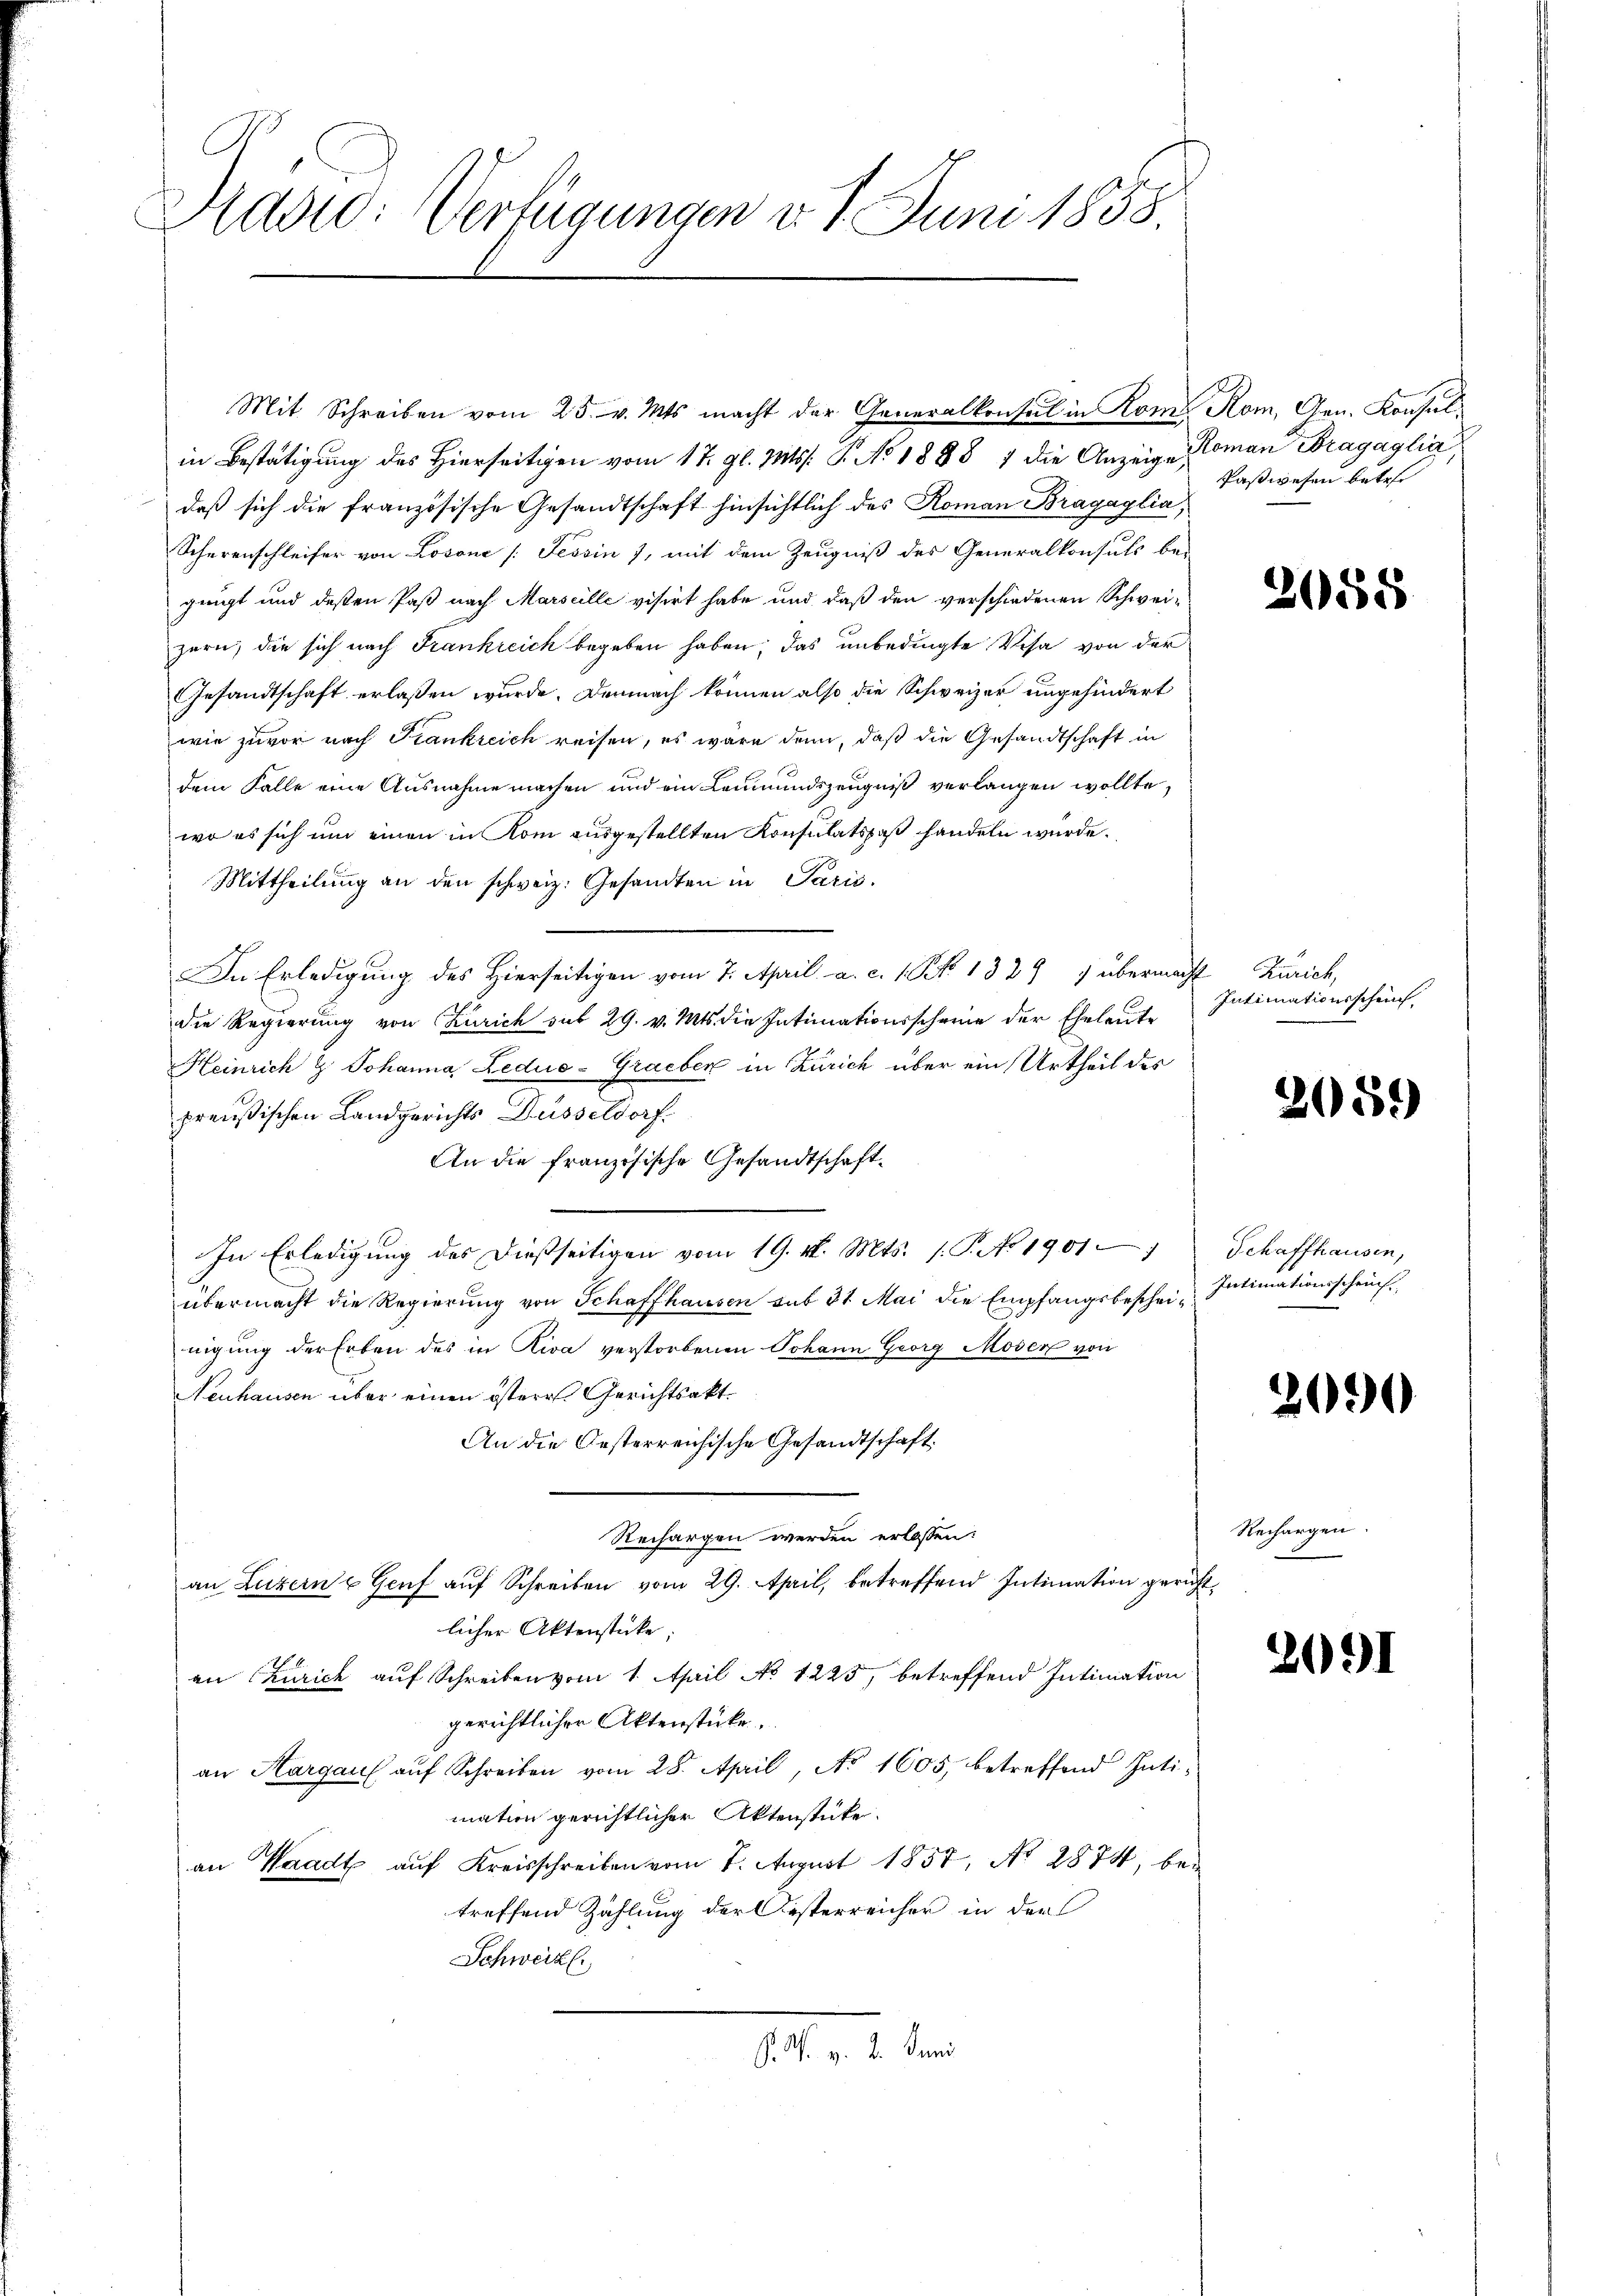
Rusid: Verfügungen v. 1. Juni 1858.

Mit Schreiben vom 25. v. Mts. macht der Generalkonsul in Rom. Rom, Gen. Konsulin Bestätigung des Hierseitigen vom 17. gl. Mts. P. No 1888 7 die Anzeige Roman Dragaglia,
daß sich die französische Gesandtschaft hinsichtlich des Roman Bragaglia,
Scherenschleifer von Losone [Tessin 7, mit dem Zeugniß des Generalkonsuls bei
gengt und deßen Paß nach Marseille visirt habe und daß den verschiedenen Schweizern, die sich nach Frankreich begeben haben, das unbedingte Visa von der
Gesandtschaft erlassen wurde. Demnach können also die Schweizer ungehindert
wie zuvor nach Frankreich reisen, es wäre denn, daß die Gesandtschaft in
dem Falle eine Ausnahme machen und ein Leumundszeugniß verlangen wollte,
wo es sich um einen in Kom ausgestellten Konsulatspaß handeln würde.
Mittheilung an den schweiz. Gesandten in Parić.
In Erledigung des Hierseitigen vom 7. April a. c. 1 Pk 1329 1 übermacht Zürich,
die Regierung von Zürich sub 29. v. Mts. die Intimationsscheine der Eheleute
Heinrich & Johanna Ledue-Graeber in Zürich über ein Urtheil des
preußischen Landgerichts Düsseldorf
An die französische Gesandtschaft¬
In Erledigung des dießseitigen vom 19. v. Mts. 1. P. No 1901 Schaffhausen,
übermacht die Regierung von Schaffhausen sub 31 Mai die Empfangsbescheinigung der Erben des in Riva verstorbenen Johann Georg Moder von
Neuhausen über einen östere Gerichtsakt
An die Oesterreichische Gesandtschaft.
Rechargen werden erlassen:
an Luzern Genf auf Schreiben vom 29. April, betreffend Intimation gerichtlicher Aktenstücke:
an Zürich auf Schreiben vom 1. April No 1225, betreffend Intimation
gerichtlicher Aktenstücke.
an Hargau auf Schreiben vom 28. April, No. 1605, betreffend Intimation gerichtlicher Aktenstücke.
an Waadt auf Kreisschreiben vom 7. August 1857, No 2874, bei
treffend Zählung der Oesterreicher in der
Schweiz.
. 1 de

Paßwesen betr.

2055

Intimationsschein

2059)

Intimationsschein

2090

Rechargen.

2091